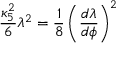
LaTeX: { \frac { \kappa _ { 5 } ^ { 2 } } { 6 } } \lambda ^ { 2 } = { \frac { 1 } { 8 } } \left( { \frac { d \lambda } { d \phi } } \right) ^ { 2 }